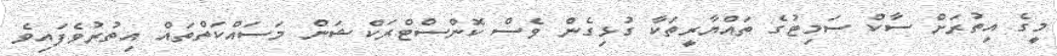
މީގެ އިތުރަށް ސާކް ސަމިޓުގެ ތައްޔާރީތަކާ ގުޅިގެން ވެސް ކޮންސްޓްރަކްޝަން މަސައްކަތްތައް އިތުރުވެފައިވެ